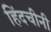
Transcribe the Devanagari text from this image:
हिंदचीनी